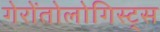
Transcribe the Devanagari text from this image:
गेरोंतोलोगिस्ट्स